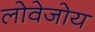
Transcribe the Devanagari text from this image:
लोवेजोय